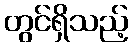
တွင်ရှိသည့်